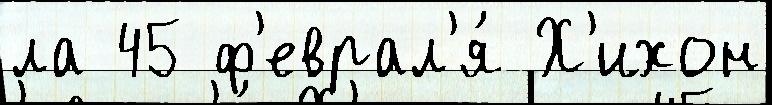
ла 45 ф'еврал'я́ Х'ихон